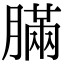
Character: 䐽